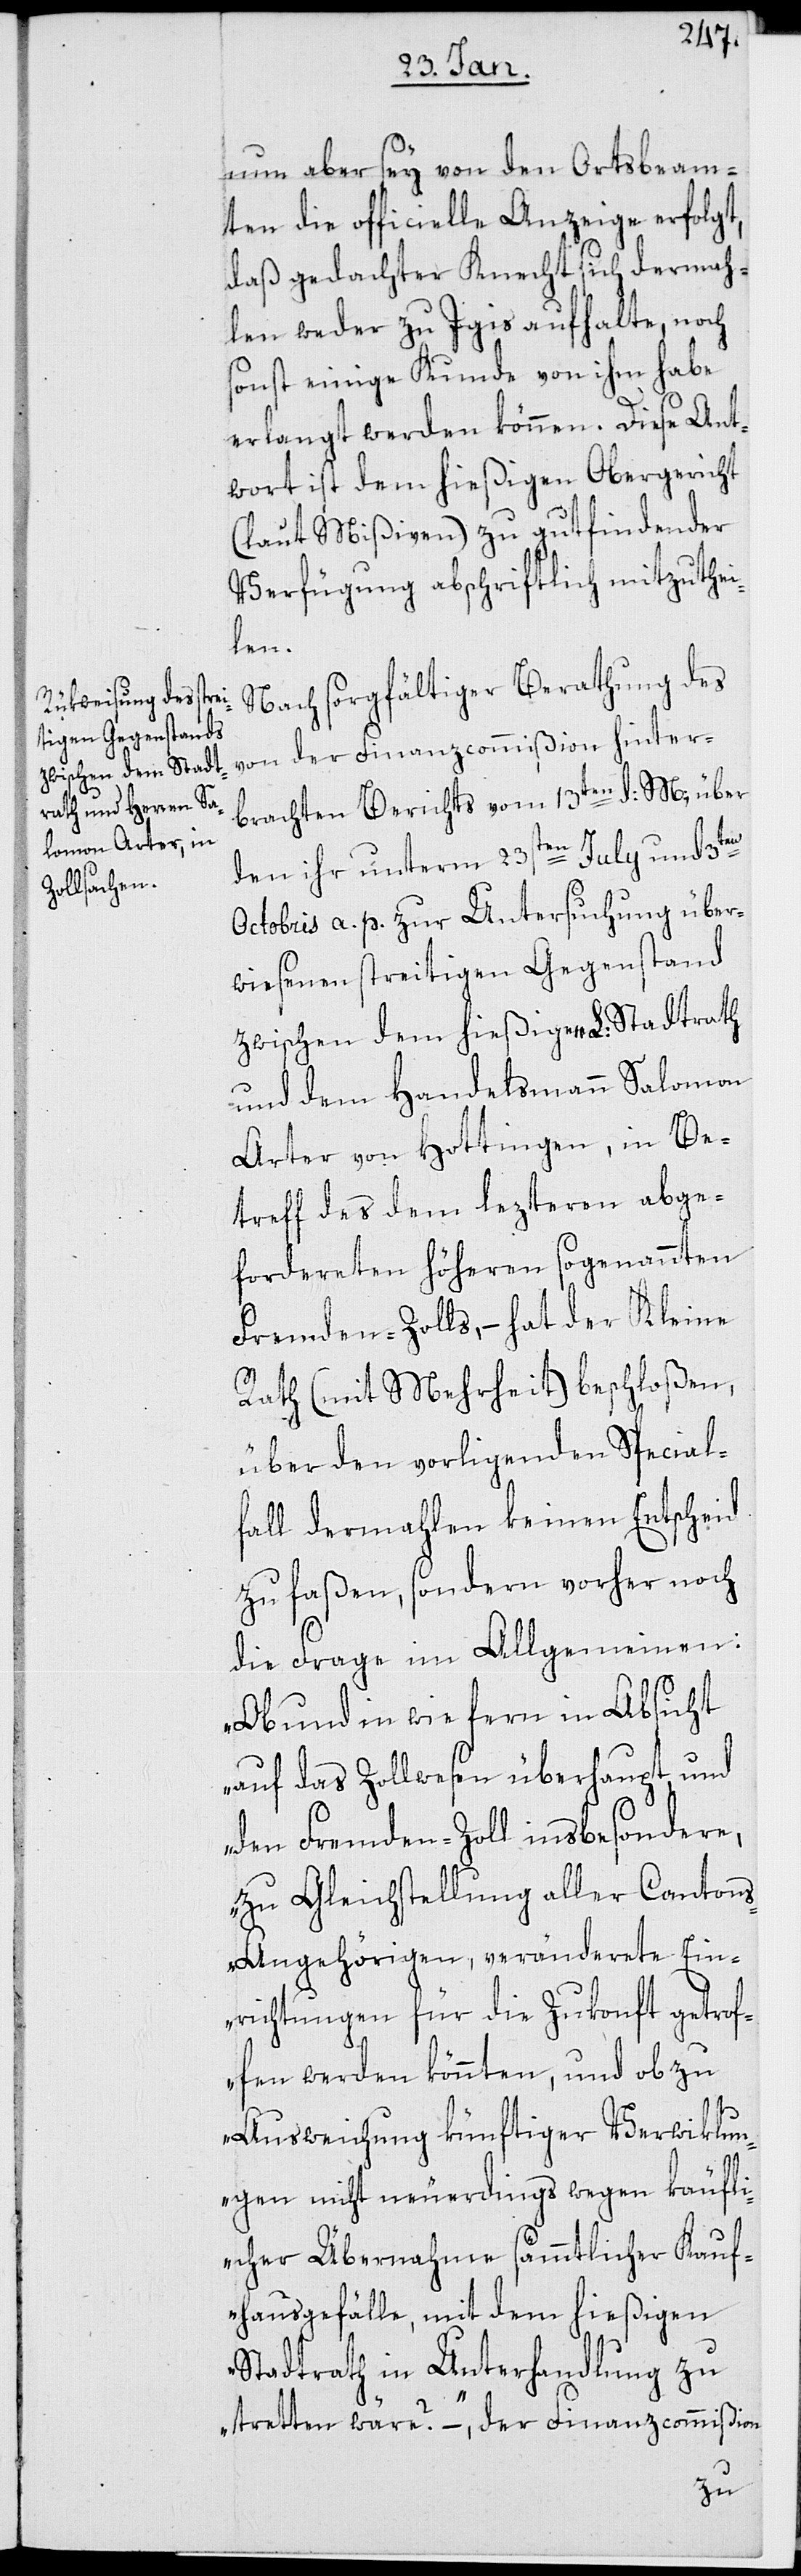
nun aber sey von den Ortsbeam¬
ten die officielle Anzeige erfolgt,
daß gedachter Knecht sich dermah¬
len weder zu Igis aufhalte, noch
sonst einige Kunde von ihm habe
erlangt werden können. Diese Ant¬
wort ist dem hießigen Obergericht
(laut Mißiven) zu gut findender
Verfügung abschriftlich mitzuthei¬
len.
Nach sorgfältiger Berathung des
von der Finanzcommißion hinter¬
brachten Berichts vom 13ten d: M., über
den ihr unterm 23sten July und 3ten
Octobris a. p. zur Untersuchung über¬
wiesenen streitigen Gegenstand
zwischen dem hießigen L. Stadtrath
und dem Handelsmann Salomon
Arter von Hottingen, in Be¬
treff des dem lezteren abge¬
forderten höheren sogenannten
Fremden-Zolls, – hat der Kleine
Rath (mit Mehrheit) beschloßen,
über den vorligenden Special¬
fall dermahlen keinen Entscheid
zu faßen, sondern vorher noch
die Frage im Allgemeinen:
„Ob und in wie fern in Absicht
auf das Zollwesen überhaupt, und
den Fremden-Zoll insbesondere,
zu Gleichstellung aller Canton¬
s-Angehörigen, veränderte Ein¬
richtungen für die Zukonft getrof¬
fen werden könnten, und ob zu
Ausweichung künftiger Verwiklun¬
gen nicht neuerdings wegen käufli¬
cher Übernahme sämmtlicher Kauf¬
hausgefälle, mit dem hießigen
Stadtrath in Unterhandlung zu
tretten wäre?“ – der Finanzcommißion